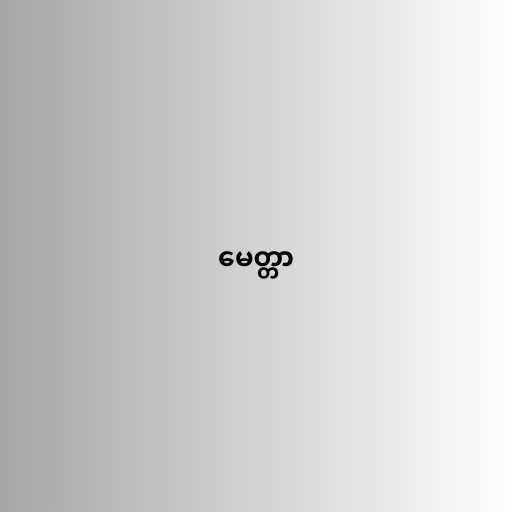
မေတ္တာ